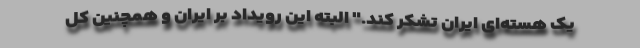
یک هسته‌ای ایران تشکر کند." البته این رویداد بر ایران و همچنین کل